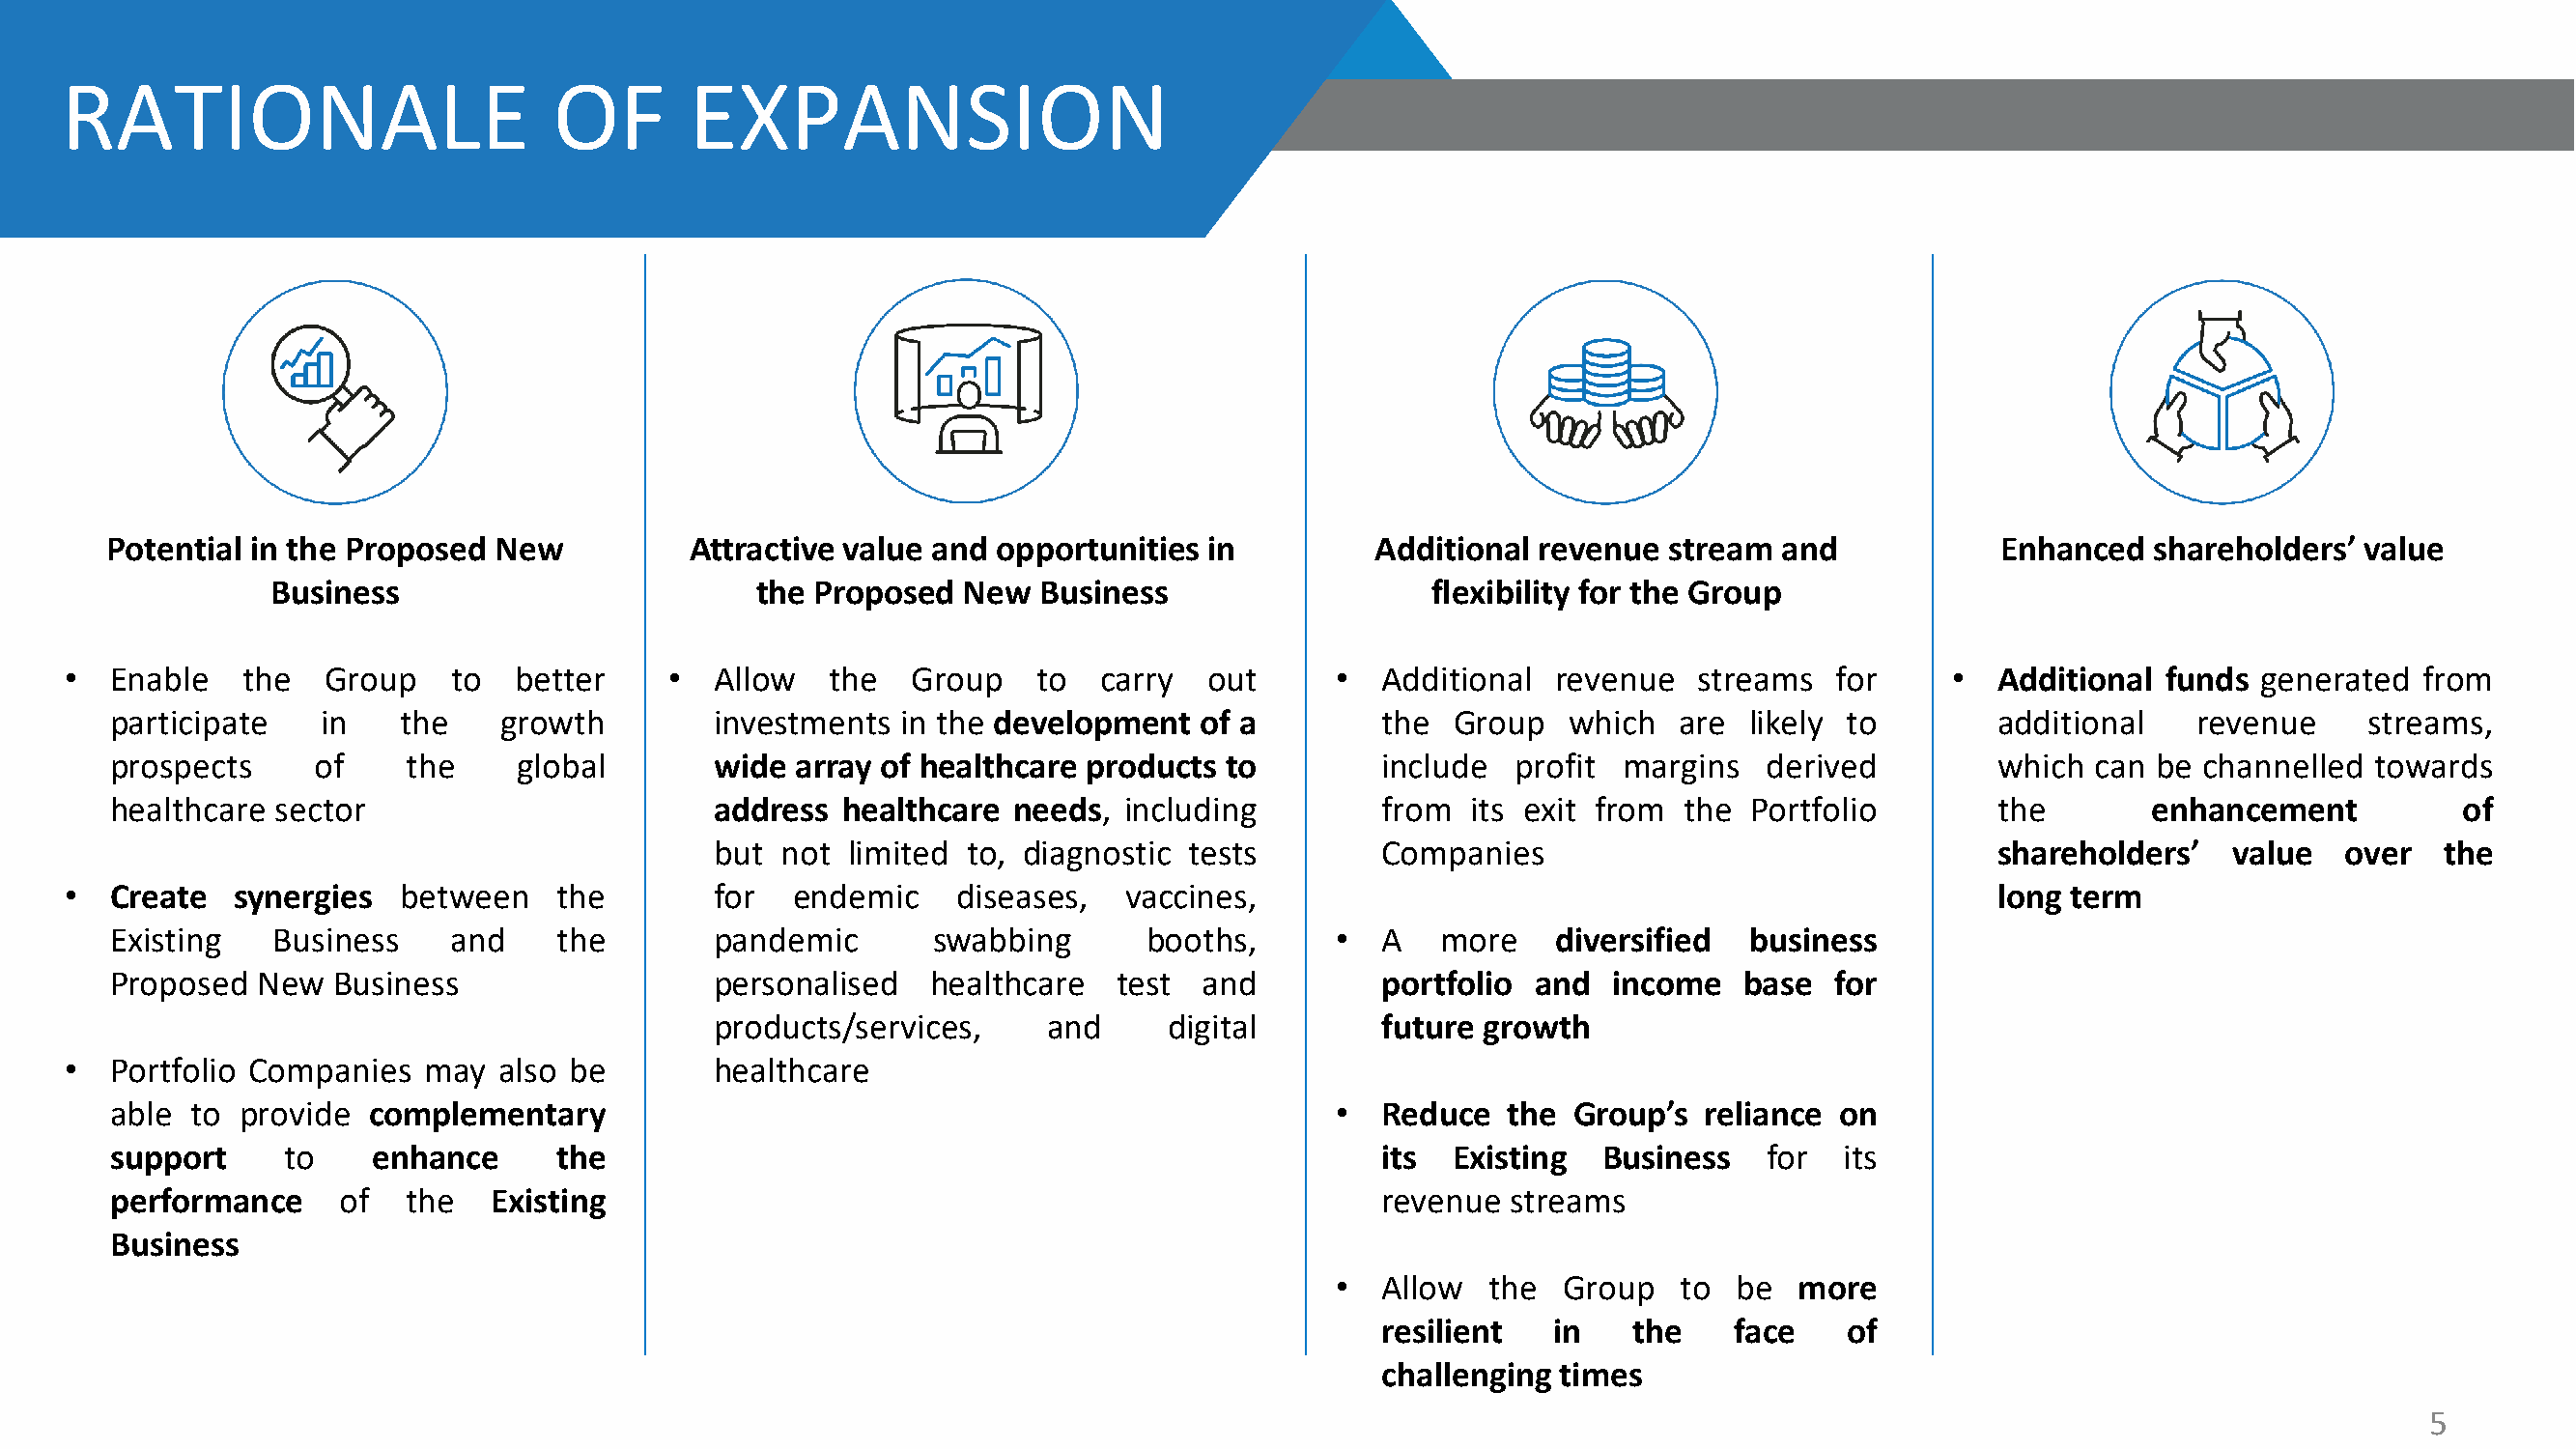
RATIONALE                         OF       EXPANSION
 Potential in the Proposed  New          Attractive value and opportunities  in         Additional revenue  stream  and            Enhanced   shareholders’ value
 Business                         the Proposed  New  Business                   flexibility for the Group
 •   Enable   the  Group    to  better     •  Allow   the  Group    to  carry   out      •  Additional  revenue  streams   for     •  Additional funds  generated  from
 participate   in   the    growth         investments  in the development  of a         the  Group  which   are  likely to        additional    revenue    streams,
 prospects     of    the    global        wide array of healthcare products  to         include  profit margins   derived         which  can be channelled  towards
 healthcare sector                        address  healthcare needs,  including         from  its exit from the  Portfolio        the       enhancement           of
 but  not limited to, diagnostic tests         Companies                                 shareholders’   value   over  the
 •   Create  synergies  between    the        for  endemic     diseases,  vaccines,                                                   long term
 Existing   Business    and    the        pandemic       swabbing       booths,      •  A   more    diversified  business
 Proposed  New  Business                  personalised   healthcare   test and          portfolio and  income   base   for
 products/services,     and     digital        future growth
 •   Portfolio Companies  may  also be        healthcare
 able to provide  complementary                                                      •  Reduce  the  Group’s  reliance on
 support    to    enhance      the                                                      its  Existing  Business   for  its
 performance    of   the   Existing                                                     revenue streams
 Business
 •  Allow  the  Group   to  be  more
 resilient  in    the    face    of
 challenging times
 5